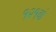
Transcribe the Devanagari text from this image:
१२१वां